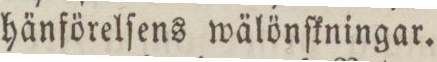
hänförelſens wälönſkningar.